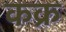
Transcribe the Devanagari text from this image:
कक्र